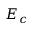
E _ { c }